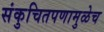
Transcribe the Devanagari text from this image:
संकुचितपणामुळेच